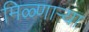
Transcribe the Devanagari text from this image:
मिळ्णाऱ्या